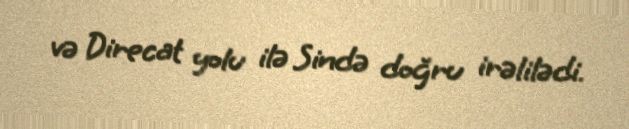
və Direcat yolu ilə Sində doğru irəlilədi.